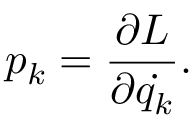
p _ { k } = { \frac { \partial L } { \partial { \dot { q _ { k } } } } } .